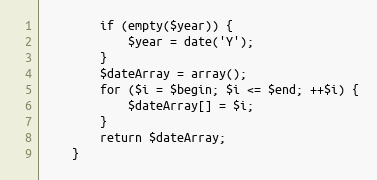
Language: PHP
        if (empty($year)) {
            $year = date('Y');
        }
        $dateArray = array();
        for ($i = $begin; $i <= $end; ++$i) {
            $dateArray[] = $i;
        }
        return $dateArray;
    }